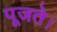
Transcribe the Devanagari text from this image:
पूजते।